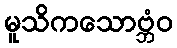
မူသိကသောဗ္ဘံဝ